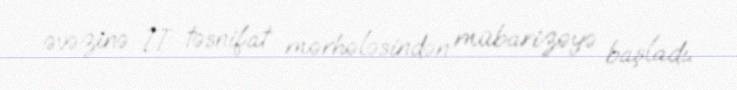
əvəzinə II təsnifat mərhələsindən mübarizəyə başladı.